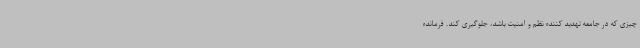
چیزی که در جامعه تهدید کننده نظم و امنیت باشد، جلوگیری کند. فرمانده